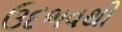
ઉદભવથી